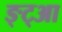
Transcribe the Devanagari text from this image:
ङ्ट्आ